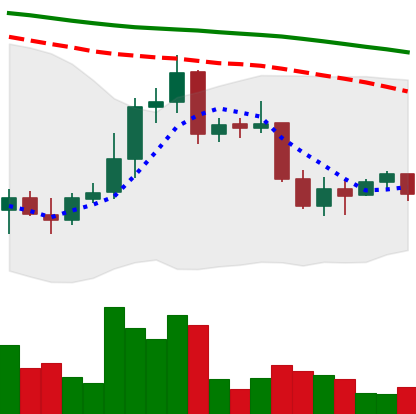
Ticker: XRP-USD
Chart end date: 2022-01-03
Forward return: -10.229%
Label: down_7plus